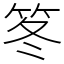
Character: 笗